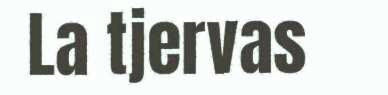
La tjervas